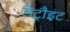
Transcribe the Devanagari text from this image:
डेट्रौइट